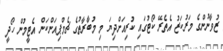
ޒުވާނުންގެ މަރުކަޒު އެތެރޭ ކޯޓުގައި ކުރިއަށްދިޔަ މި މުބާރާތުގެ ޗެމްޕިއަންކަން އެޓީމުން ހޯދީ